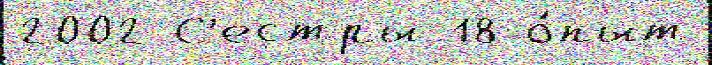
2002 С'естры 18 о́пыт